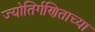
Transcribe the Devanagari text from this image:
ज्योतिर्गणिताच्या